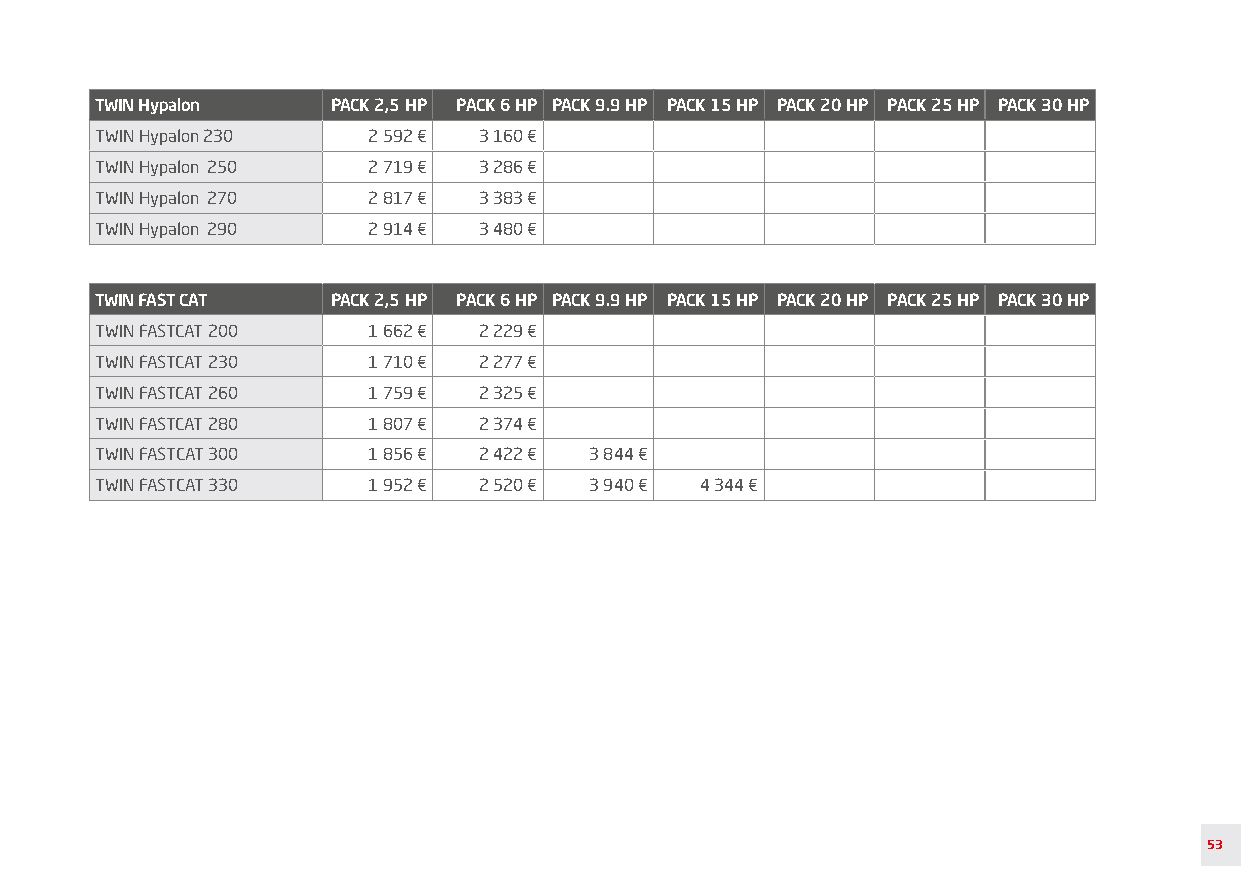
TWIN Hypalon    PACK 2,5 HP PACK 6 HP PACK 9.9 HP PACK 15 HP PACK 20 HP PACK 25 HP PACK 30 HP
 TWIN Hypalon 230  2 592 € 3 160 €
 TWIN Hypalon 250  2 719 € 3 286 €
 TWIN Hypalon 270  2 817 € 3 383 €
 TWIN Hypalon 290  2 914 € 3 480 €
 TWIN FAST CAT   PACK 2,5 HP PACK 6 HP PACK 9.9 HP PACK 15 HP PACK 20 HP PACK 25 HP PACK 30 HP
 TWIN FASTCAT 200  1 662 € 2 229 €
 TWIN FASTCAT 230  1 710 € 2 277 €
 TWIN FASTCAT 260  1 759 € 2 325 €
 TWIN FASTCAT 280  1 807 € 2 374 €
 TWIN FASTCAT 300  1 856 € 2 422 € 3 844 €
 TWIN FASTCAT 330  1 952 € 2 520 € 3 940 € 4 344 €
 53